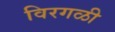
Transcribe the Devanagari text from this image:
विरगळी